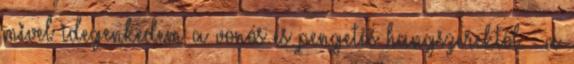
mivel idegenkedem a vonós és pengetős hangszerektől - a